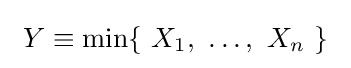
\ Y\equiv \min\{\ X_{1},\ \ldots ,\ X_{n}\ \}\